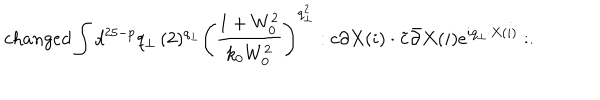
LaTeX: c h a n g e d \int d ^ { 2 5 - p } q _ { \bot } \, ( 2 ) ^ { q _ { \bot } } \left( \frac { 1 + W _ { 0 } ^ { 2 } } { k _ { 0 } W _ { 0 } ^ { 2 } } \right) ^ { q _ { \bot } ^ { 2 } } : c \partial X ( i ) \cdot \tilde { c } \bar { \partial } X ( i ) e ^ { i q _ { \bot } \cdot X ( i ) } : .